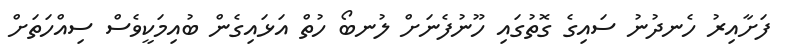
ފަށާއިރު ހެނދުނު ސައިގެ ގޮތުގައި ހޫނުފެނަށް ލުނބޯ ހުތް އަޅައިގެން ބުއިމަކީވެސް ސިއްހަތަށް